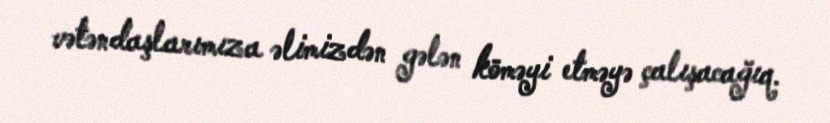
vətəndaşlarımıza əlimizdən gələn köməyi etməyə çalışacağıq.